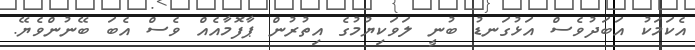
އެކަމަކު އަބަދުވެސް އަޅުގަނޑު ބުނީ ލަވަކިޔުމުގެ އިތުރުން ޕާފޮމާއެއް ވެސް އެބަ ބޭނުންވެޔޭ.